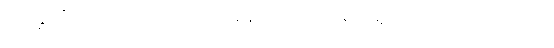
တိတ္ထိတို့ထံ ပညာသင်လျှင် အနည်းဆုံး ထမင်းရှာပေးရသေးကြောင်း